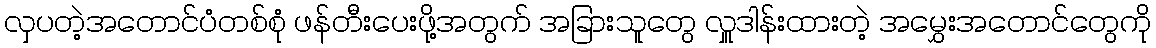
လှပတဲ့အတောင်ပံတစ်စုံ ဖန်တီးပေးဖို့အတွက် အခြားသူတွေ လှူဒါန်းထားတဲ့ အမွှေးအတောင်တွေကို